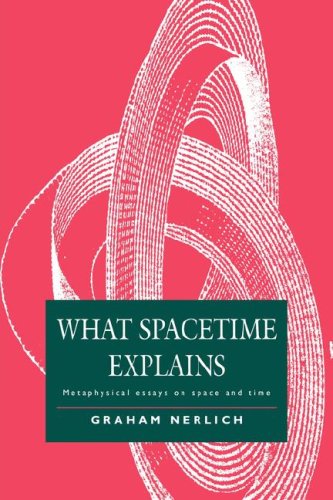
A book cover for What Spacetime Explains: Metaphysical Essays on Space and Time; Graham Nerlich; Politics & Social Sciences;